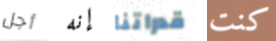
أجل إنه قدراتنا كنت